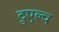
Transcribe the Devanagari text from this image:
टुएल्व